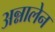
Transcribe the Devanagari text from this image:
अन्नालेन